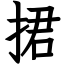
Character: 捃